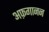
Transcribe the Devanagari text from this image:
अफ़गानन